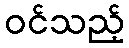
ဝင်သည့်